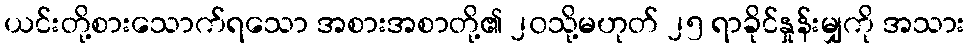
ယင်းတို့စားသောက်ရသော အစားအစာတို့၏ ၂၀သို့မဟုတ် ၂၅ ရာခိုင်နှုန်းမျှကို အသား